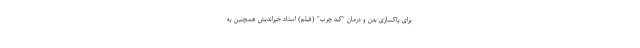
برای پاکسازی بدن و درمان "کبد چرب" (فیلم) استاد خیراندیش همچنین به